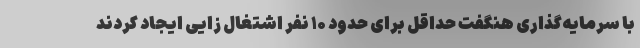
با سرمایه‌گذاری هنگفت حداقل برای حدود ۱۰ نفر اشتغال زایی ایجاد کردند